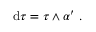
\mathrm { d } \tau = \tau \wedge \alpha ^ { \prime } \ .